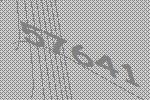
57641